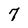
Character: 7